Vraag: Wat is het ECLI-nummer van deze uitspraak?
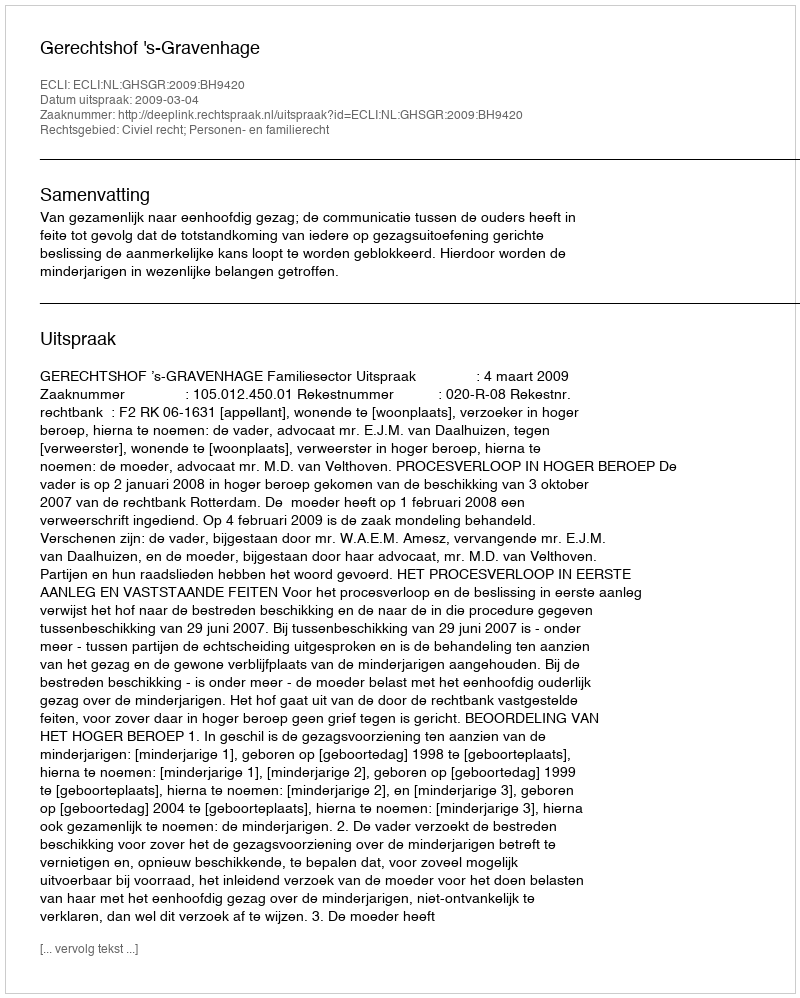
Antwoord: ECLI:NL:GHSGR:2009:BH9420